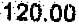
120.00